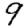
Digit: 9